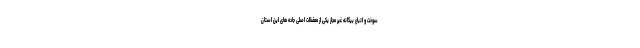
سوخت و اتباع بیگانه غیر مجاز یکی از معضلات اصلی جاده های این استان